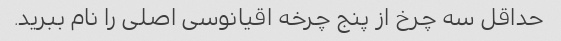
حداقل سه چرخ از پنج چرخه اقیانوسی اصلی را نام ببرید.